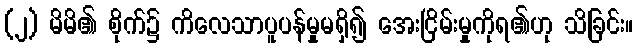
(၂) မိမိ၏ စိုက်၌ ကိလေသာပူပန်မှုမရှိ၍ အေးငြိမ်းမှုကိုရ၏ဟု သိခြင်း။